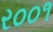
ર૦૦૧